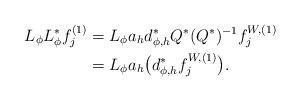
LaTeX: \begin{align*}L_{\phi} L_{\phi}^{*} f_{j}^{(1)} &= L_{\phi} a_h d_{\phi , h}^{*} Q^{*} ( Q^{*} )^{-1} f_{j}^{W , (1)} \\&= L_{\phi} a_{h} \big( d_{\phi , h}^{*} f_{j}^{W , (1)} \big) . \end{align*}